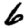
Digit: 6